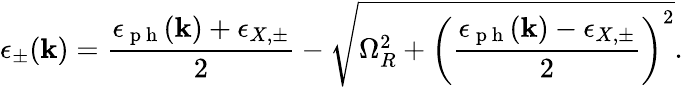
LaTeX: \epsilon_{\pm}(\mathbf{k})=\frac{\epsilon_{\mathrm{~p~h~}}(\mathbf{k})+\epsilon_{X,\pm}}{2}-\sqrt{\Omega_{R}^{2}+\left(\frac{\epsilon_{\mathrm{~p~h~}}(\mathbf{k})-\epsilon_{X,\pm}}{2}\right)^{2}}.